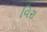
વિરા